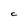
Character: C